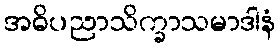
အဓိပညာသိက္ခာသမာဒါနံ